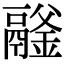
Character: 𩱉